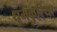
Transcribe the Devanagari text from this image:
धुमकुरिया